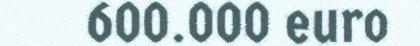
600.000 euro